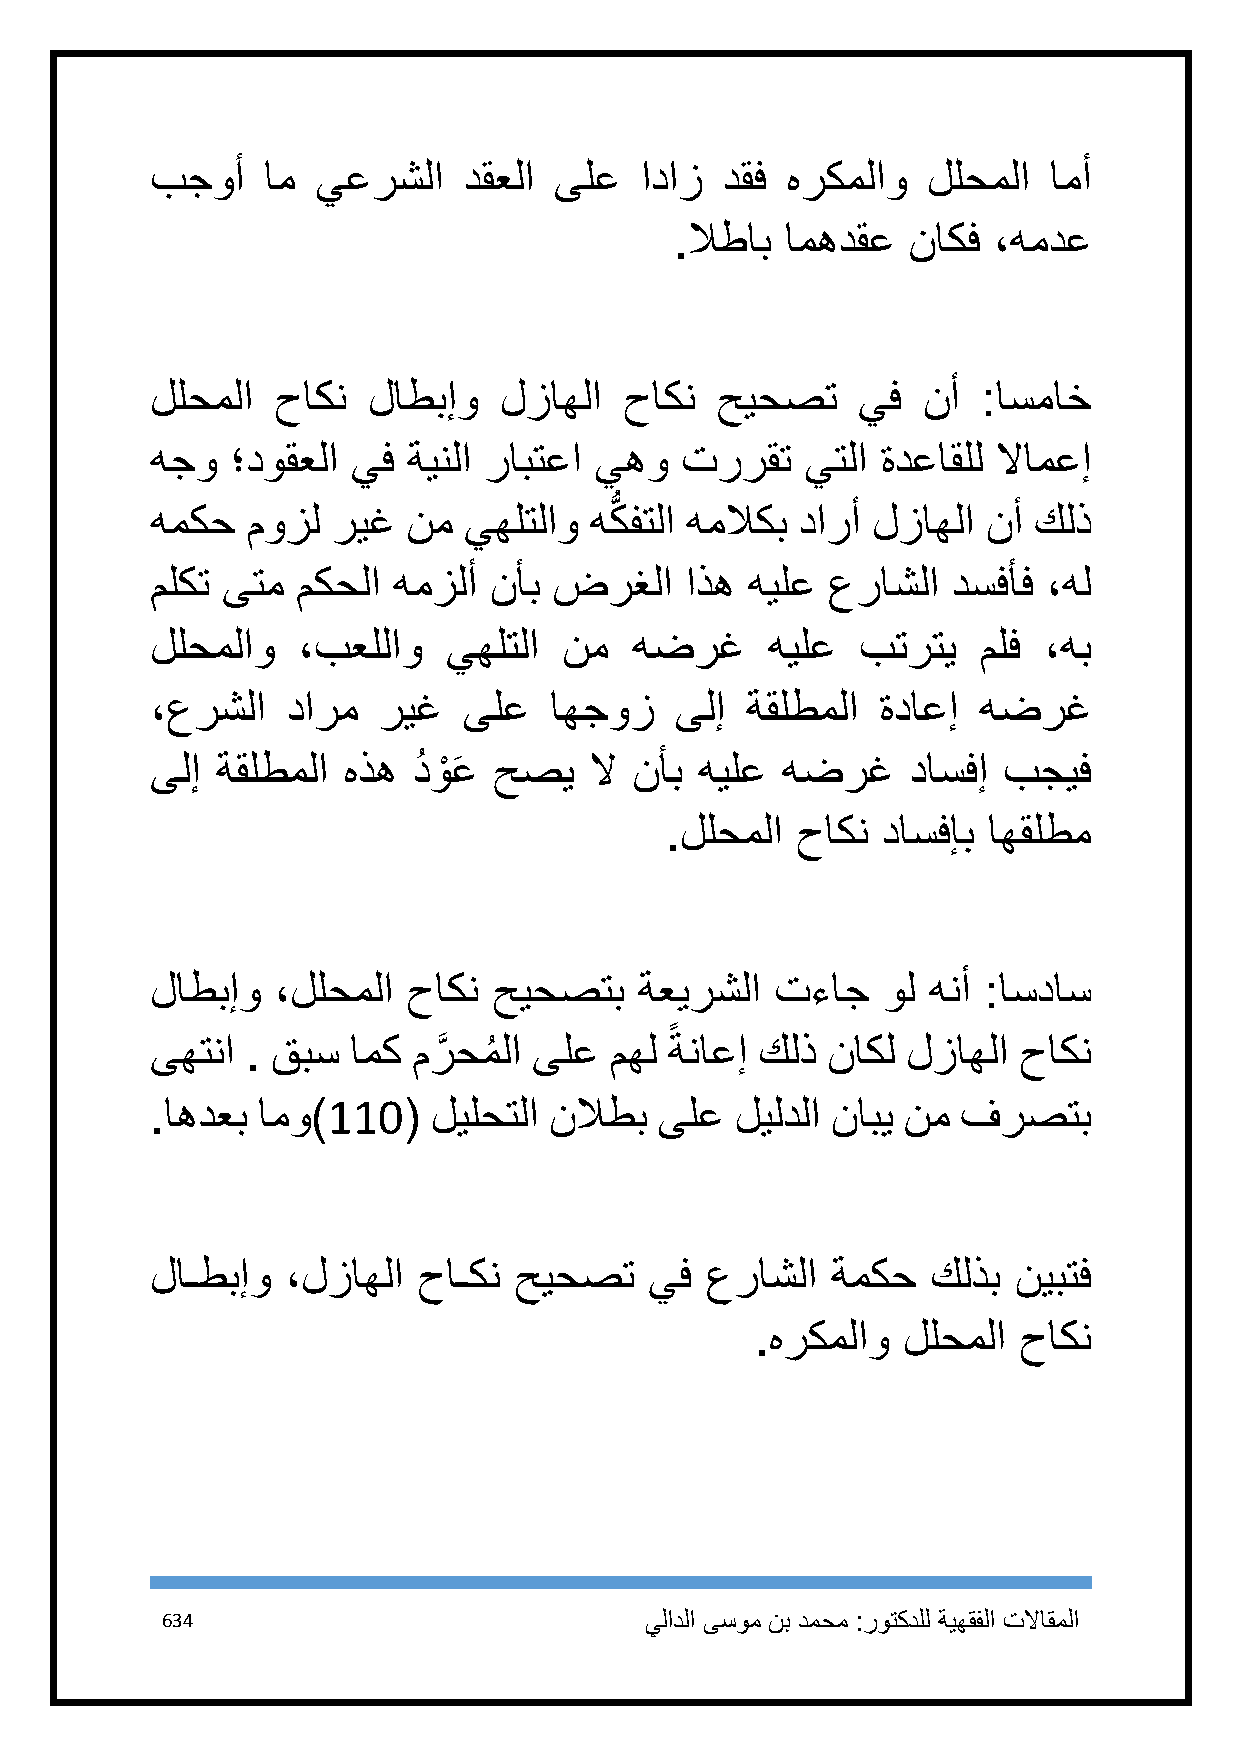
بجوأ   ام  يعرشلا    دقعلا ىلع  اداز  دقف هركملاو  للحملا  امأ
 .لاطاب امهدقع  ناكف  ،همدع
 للحملا  حاكن  لاطبإو   لزاهلا  حاكن  حيحصت     يف  نأ  :اسماخ
 هجو  ؛دوقعلا يف  ةينلا رابتعا يهو  تررقت   يتلا ةدعاقلل لاامعإ
 همكح  موزل  ريغ  نم  يهلتلاو هكُّ فتلا هملاكب دارأ لزاهلا نأ كلذ
 ملكت ىتم  مكحلا همزلأ نأب  ضرغلا   اذه هيلع  عراشلا  دسفأف ،هل
 للحملاو   ،بعللاو   يهلتلا نم   هضرغ     هيلع  بترتي   ملف ،هب
 ،عرشلا   دارم  ريغ   ىلع  اهجوز    ىلإ ةقلطملا  ةداعإ  هضرغ
 ىلإ ةقلطملا  هذه دُ وْ عَ حصي لا نأب هيلع هضرغ    داسفإ بجيف
 .للحملا  حاكن داسفإب اهقلطم
 لاطبإو  ،للحملا  حاكن  حيحصتب   ةعيرشلا  تءاج   ول هنأ :اسداس
 ً
 ىهتنا . قبس  امك مرَّ حمُ لا ىلع مهل ةناعإ كلذ ناكل لزاهلا حاكن
 .اهدعب امو)111(    ليلحتلا نلاطب  ىلع  ليلدلا نابي نم فرصتب
 لاـطبإو  ،لزاهلا  حاـكن حيحصت    يف  عراشلا  ةمكح   كلذب نيبتف
 .هركملاو  للحملا حاكن
 634                             يلادلا ىسوم نب دمحم :روتكدلل ةيهقفلا تلااقملا